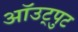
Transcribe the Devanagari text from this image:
ऑउट्पुट